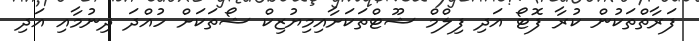
ފަރާތްތަކުން ކުރާ ފޮޓޯ އަދި ފިލްމް ޝޫޓްތަކަށާއިމިޔުޒިކް ޝޯތަކަށް ހުއްދަ ދިނުމާއި އަދި